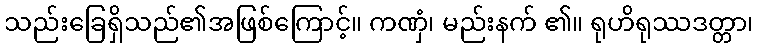
သည်းခြေရှိသည်၏အဖြစ်ကြောင့်။ ကဏှံ၊ မည်းနက် ၏။ ရုဟိရုဿဒတ္တာ၊